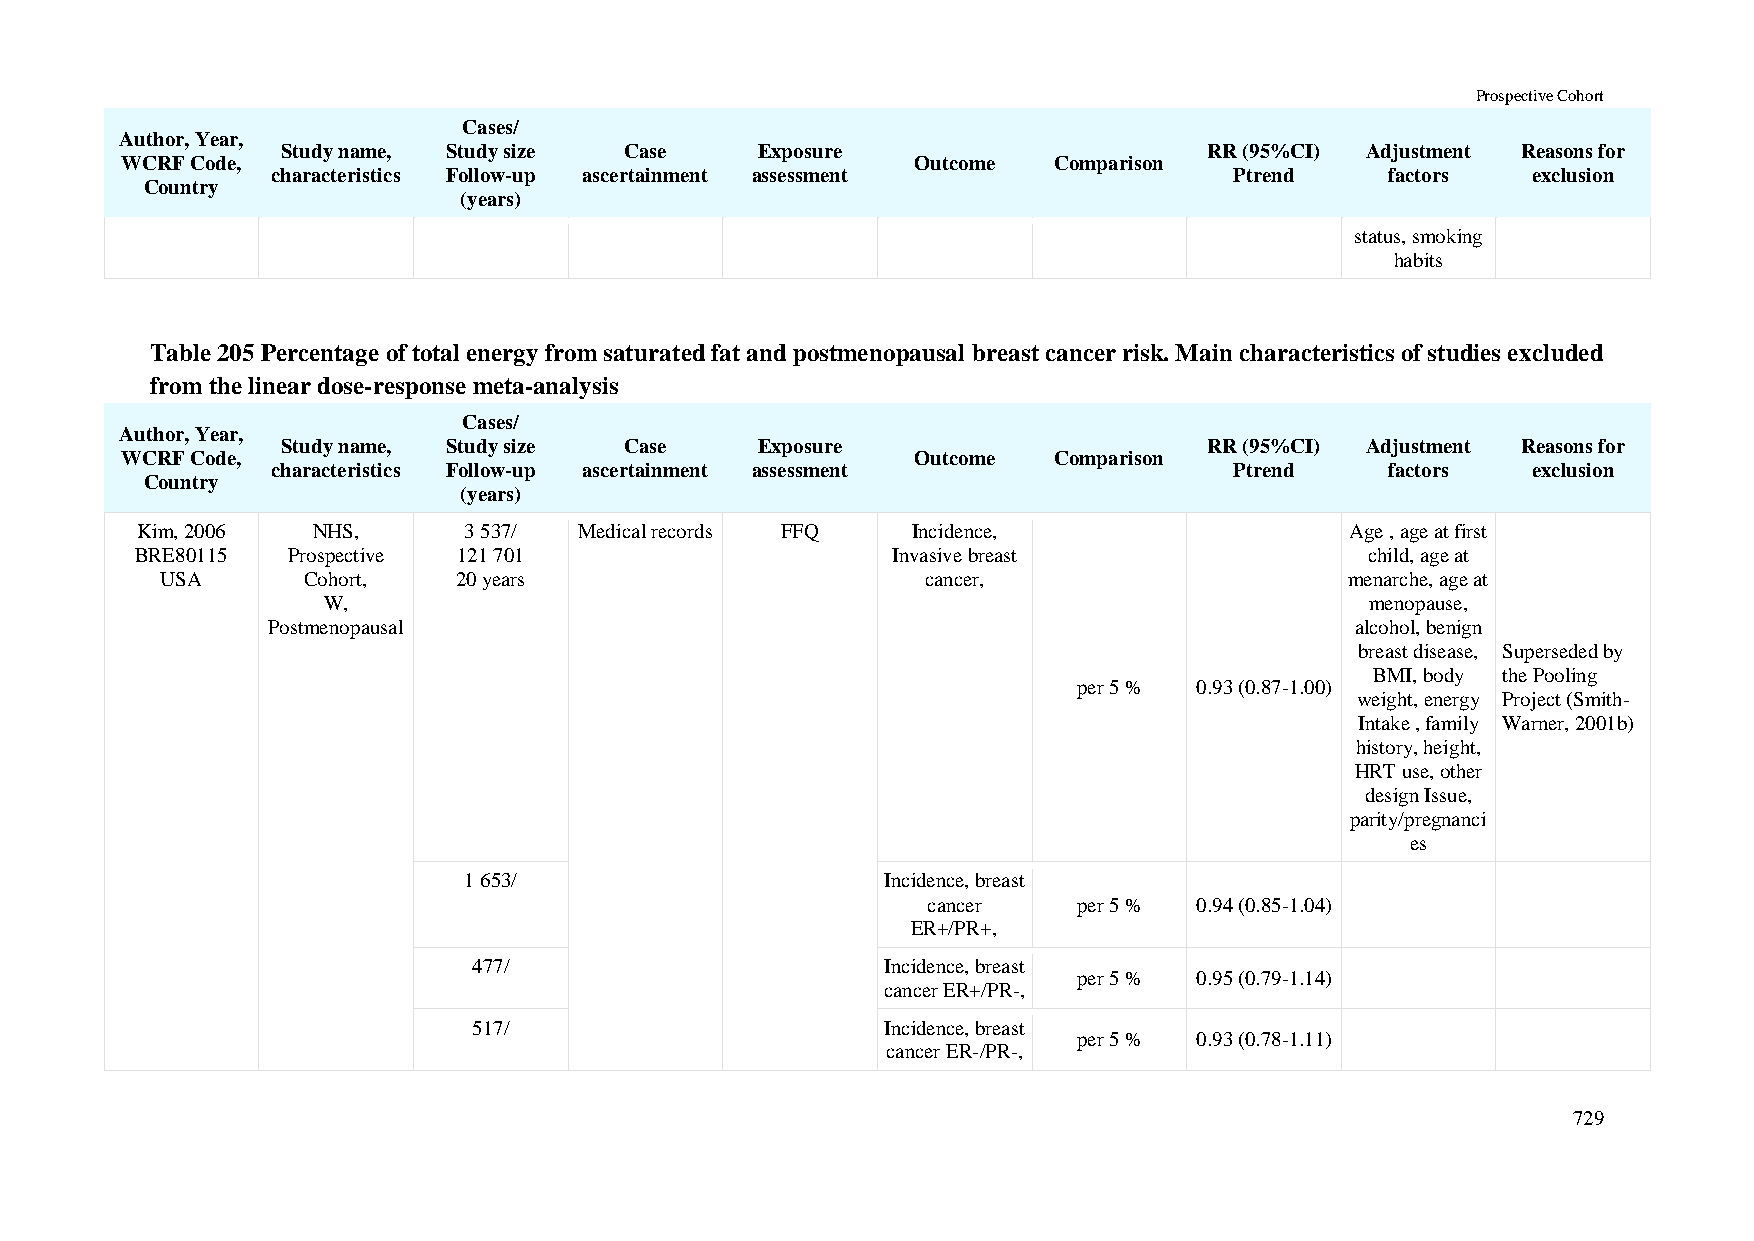
Prospective Cohort
 Cases/
 Author, Year,
 Study name, Study size Case    Exposure                      RR (95%CI) Adjustment Reasons for
 WCRF Code,                                           Outcome  Comparison
 characteristics Follow-up ascertainment assessment              Ptrend    factors  exclusion
 Country
 (years)
 status, smoking
 habits
 Table 205 Percentage of total energy from saturated fat and postmenopausal breast cancer risk. Main characteristics of studies excluded
 from the linear dose-response meta-analysis
 Cases/
 Author, Year,
 Study name, Study size Case    Exposure                      RR (95%CI) Adjustment Reasons for
 WCRF Code,                                           Outcome  Comparison
 characteristics Follow-up ascertainment assessment              Ptrend    factors  exclusion
 Country
 (years)
 Kim, 2006   NHS,      3 537/ Medical records FFQ   Incidence,                   Age , age at first
 BRE80115  Prospective 121 701                     Invasive breast                 child, age at
 USA      Cohort,   20 years                       cancer,                     menarche, age at
 W,                                                                    menopause,
 Postmenopausal                                                          alcohol, benign
 breast disease, Superseded by
 BMI, body the Pooling
 per 5 % 0.93 (0.87-1.00)
 weight, energy Project (Smith-
 Intake , family Warner, 2001b)
 history, height,
 HRT use, other
 design Issue,
 parity/pregnanci
 es
 1 653/                      Incidence, breast
 cancer    per 5 % 0.94 (0.85-1.04)
 ER+/PR+,
 477/                        Incidence, breast
 per 5 % 0.95 (0.79-1.14)
 cancer ER+/PR-,
 517/                        Incidence, breast
 per 5 % 0.93 (0.78-1.11)
 cancer ER-/PR-,
 729